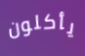
يأكلون